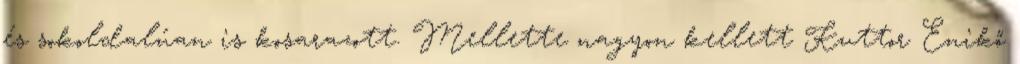
és sokoldalúan is kosarazott. Mellette nagyon kellett Kuttor Enikő